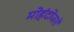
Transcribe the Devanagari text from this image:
मोहंदोजरो